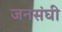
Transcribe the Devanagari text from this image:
जनसंघी